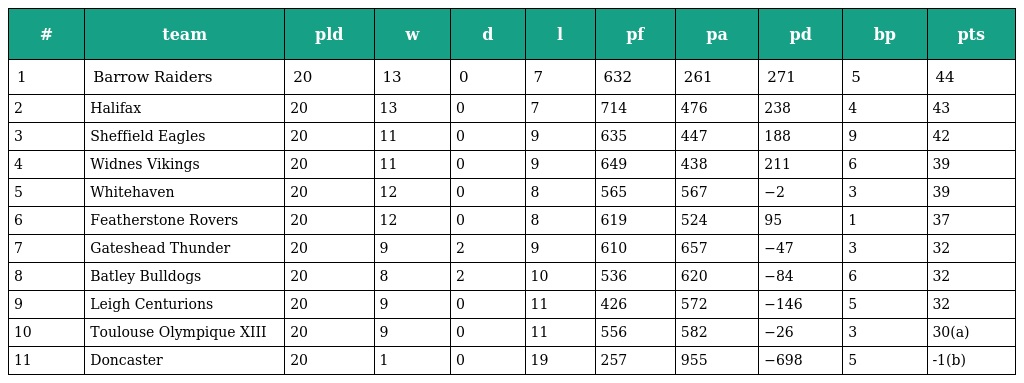
| # | team | pld | w | d | l | pf | pa | pd | bp | pts |
 | --- | --- | --- | --- | --- | --- | --- | --- | --- | --- | --- |
 | 1 | Barrow Raiders | 20 | 13 | 0 | 7 | 632 | 261 | 271 | 5 | 44 |
 | 2 | Halifax | 20 | 13 | 0 | 7 | 714 | 476 | 238 | 4 | 43 |
 | 3 | Sheffield Eagles | 20 | 11 | 0 | 9 | 635 | 447 | 188 | 9 | 42 |
 | 4 | Widnes Vikings | 20 | 11 | 0 | 9 | 649 | 438 | 211 | 6 | 39 |
 | 5 | Whitehaven | 20 | 12 | 0 | 8 | 565 | 567 | −2 | 3 | 39 |
 | 6 | Featherstone Rovers | 20 | 12 | 0 | 8 | 619 | 524 | 95 | 1 | 37 |
 | 7 | Gateshead Thunder | 20 | 9 | 2 | 9 | 610 | 657 | −47 | 3 | 32 |
 | 8 | Batley Bulldogs | 20 | 8 | 2 | 10 | 536 | 620 | −84 | 6 | 32 |
 | 9 | Leigh Centurions | 20 | 9 | 0 | 11 | 426 | 572 | −146 | 5 | 32 |
 | 10 | Toulouse Olympique XIII | 20 | 9 | 0 | 11 | 556 | 582 | −26 | 3 | 30(a) |
 | 11 | Doncaster | 20 | 1 | 0 | 19 | 257 | 955 | −698 | 5 | -1(b) |